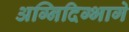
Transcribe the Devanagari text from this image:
अग्निदिग्भागे